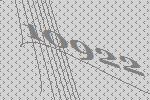
10922